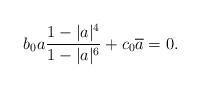
LaTeX: \begin{align*}b_0a\frac{1-|a|^4}{1-|a|^6}+c_0\overline{a}=0.\end{align*}